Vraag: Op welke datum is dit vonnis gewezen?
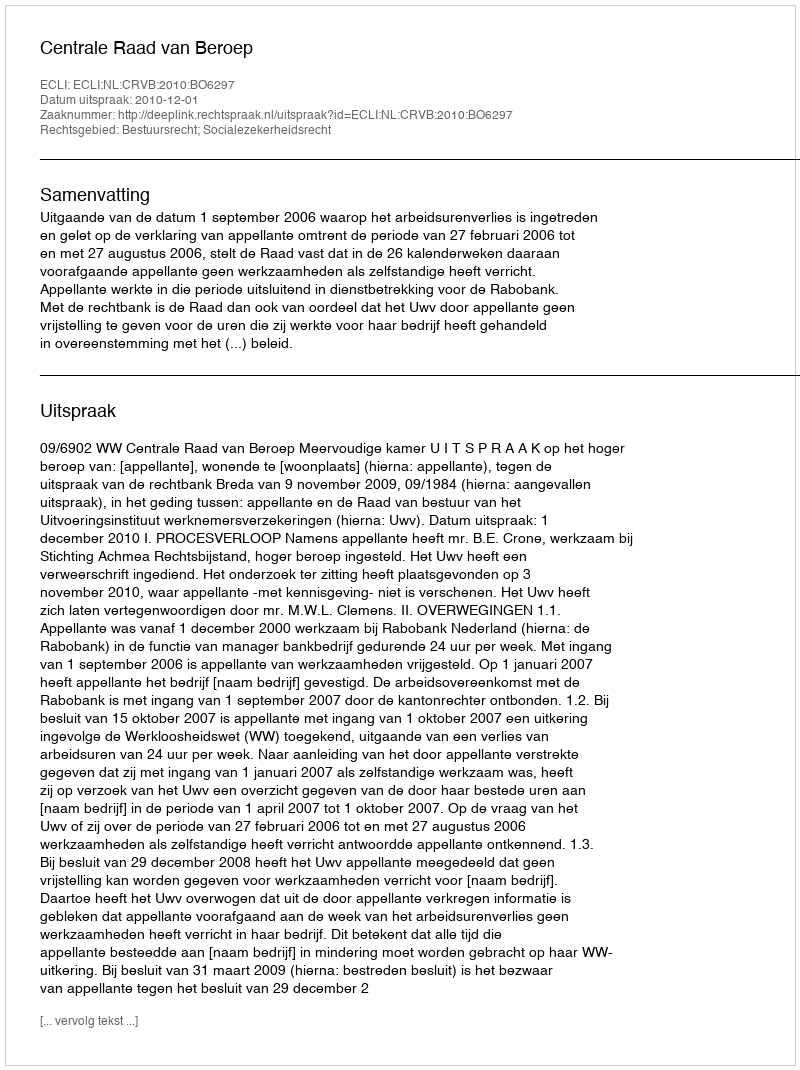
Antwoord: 2010-12-01